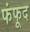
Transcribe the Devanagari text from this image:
फंफूद